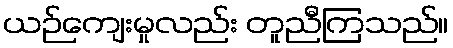
ယဉ်ကျေးမှုလည်း တူညီကြသည်။